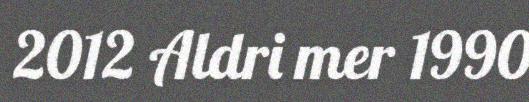
2012 Aldri mer 1990